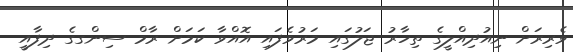
ވެރިރަށް ނިއުދިއްލީގެ ތިހާރު ޖަލުގައި މަރުވެފައި އޮއްވާ ކަމަށް ރާމް ސިންގގެ ދިފާއީ